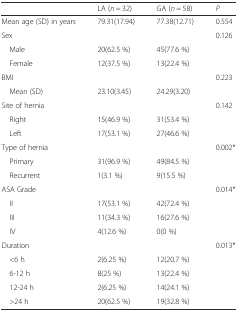
<table><thead><tr><td></td><td><b>LA (<i>n</i> = 32)</b></td><td><b>GA (<i>n</i> = 58)</b></td><td><b><i>P</i></b></td></tr></thead><tbody><tr><td>Mean age (SD) in years</td><td>79.31(17.94)</td><td>77.38(12.71)</td><td>0.554</td></tr><tr><td>Sex</td><td></td><td></td><td>0.126</td></tr><tr><td> Male</td><td>20(62.5 %)</td><td>45(77.6 %)</td><td></td></tr><tr><td> Female</td><td>12(37.5 %)</td><td>13(22.4 %)</td><td></td></tr><tr><td>BMI</td><td></td><td></td><td>0.223</td></tr><tr><td> Mean (SD)</td><td>23.10(3.45)</td><td>24.29(3.20)</td><td></td></tr><tr><td>Site of hernia</td><td></td><td></td><td>0.142</td></tr><tr><td> Right</td><td>15(46.9 %)</td><td>31(53.4 %)</td><td></td></tr><tr><td> Left</td><td>17(53.1 %)</td><td>27(46.6 %)</td><td></td></tr><tr><td>Type of hernia</td><td></td><td></td><td>0.002*</td></tr><tr><td> Primary</td><td>31(96.9 %)</td><td>49(84.5 %)</td><td></td></tr><tr><td> Recurrent</td><td>1(3.1 %)</td><td>9(15.5 %)</td><td></td></tr><tr><td>ASA Grade</td><td></td><td></td><td>0.014*</td></tr><tr><td> II</td><td>17(53.1 %)</td><td>42(72.4 %)</td><td></td></tr><tr><td> III</td><td>11(34.3 %)</td><td>16(27.6 %)</td><td></td></tr><tr><td> IV</td><td>4(12.6 %)</td><td>0(0 %)</td><td></td></tr><tr><td>Duration</td><td></td><td></td><td>0.013*</td></tr><tr><td> &lt;6 h</td><td>2(6.25 %)</td><td>12(20.7 %)</td><td></td></tr><tr><td> 6-12 h</td><td>8(25 %)</td><td>13(22.4 %)</td><td></td></tr><tr><td> 12-24 h</td><td>2(6.25 %)</td><td>14(24.1 %)</td><td></td></tr><tr><td> &gt;24 h</td><td>20(62.5 %)</td><td>19(32.8 %)</td><td></td></tr></tbody></table>